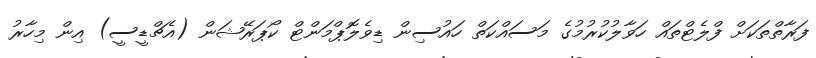
ފަރާތްތަކަށް ފްލެޓްތައް ހަވާލުކުރުމުގެ މަސައްކަތް ހައުސިން ޑިވެލޮޕްމަންޓް ކޯޕަރޭޝަން (އެޗްޑީސީ) އިން މިހާރު